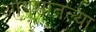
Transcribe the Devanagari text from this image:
आपसातल्या